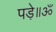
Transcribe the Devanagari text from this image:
पड़े॥ॐ